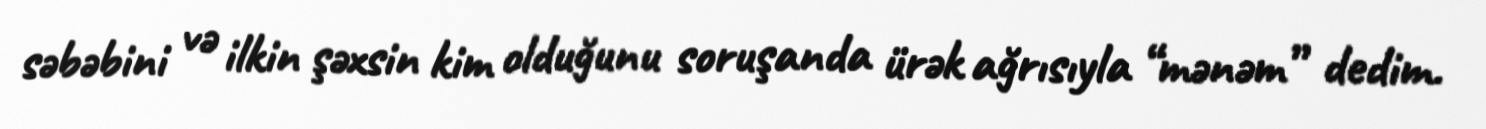
səbəbini və ilkin şəxsin kim olduğunu soruşanda ürək ağrısıyla “mənəm” dedim.